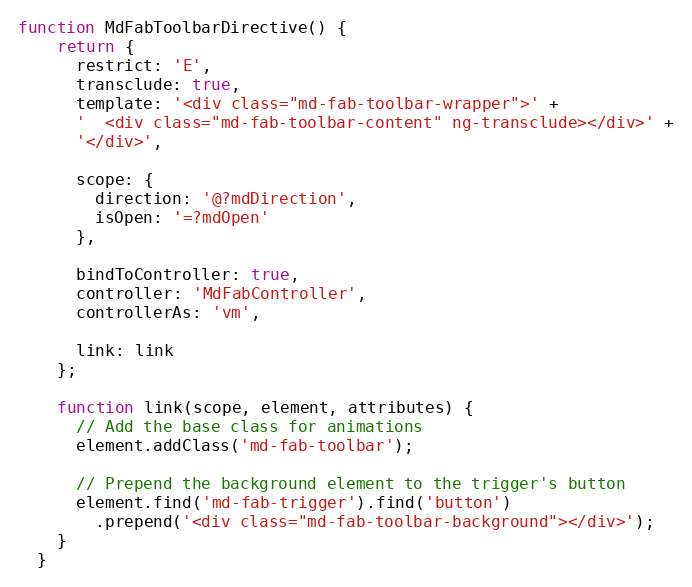
Language: JavaScript
function MdFabToolbarDirective() {
    return {
      restrict: 'E',
      transclude: true,
      template: '<div class="md-fab-toolbar-wrapper">' +
      '  <div class="md-fab-toolbar-content" ng-transclude></div>' +
      '</div>',

      scope: {
        direction: '@?mdDirection',
        isOpen: '=?mdOpen'
      },

      bindToController: true,
      controller: 'MdFabController',
      controllerAs: 'vm',

      link: link
    };

    function link(scope, element, attributes) {
      // Add the base class for animations
      element.addClass('md-fab-toolbar');

      // Prepend the background element to the trigger's button
      element.find('md-fab-trigger').find('button')
        .prepend('<div class="md-fab-toolbar-background"></div>');
    }
  }